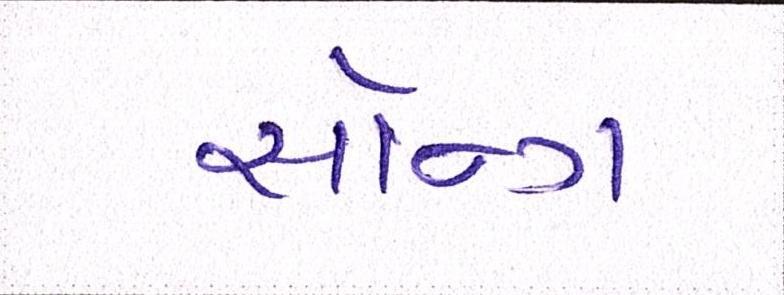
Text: સૉન્ગ